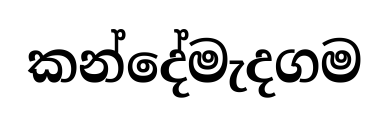
කන්දේමැදගම